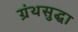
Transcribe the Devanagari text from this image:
ग्रंथसुद्धा